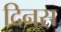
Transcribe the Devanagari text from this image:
दिनस